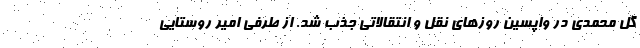
گل محمدی در واپسین روزهای نقل و انتقالاتی جذب شد. از طرفی امیر روستایی